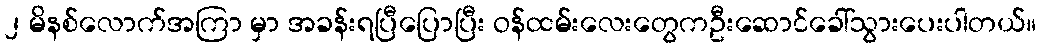
၂ မိနစ်လောက်အကြာ မှာ အခန်းရပြီပြောပြီး ဝန်ထမ်းလေးတွေကဦးဆောင်ခေါ်သွားပေးပါတယ်။